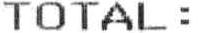
TOTAL :